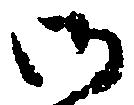
御